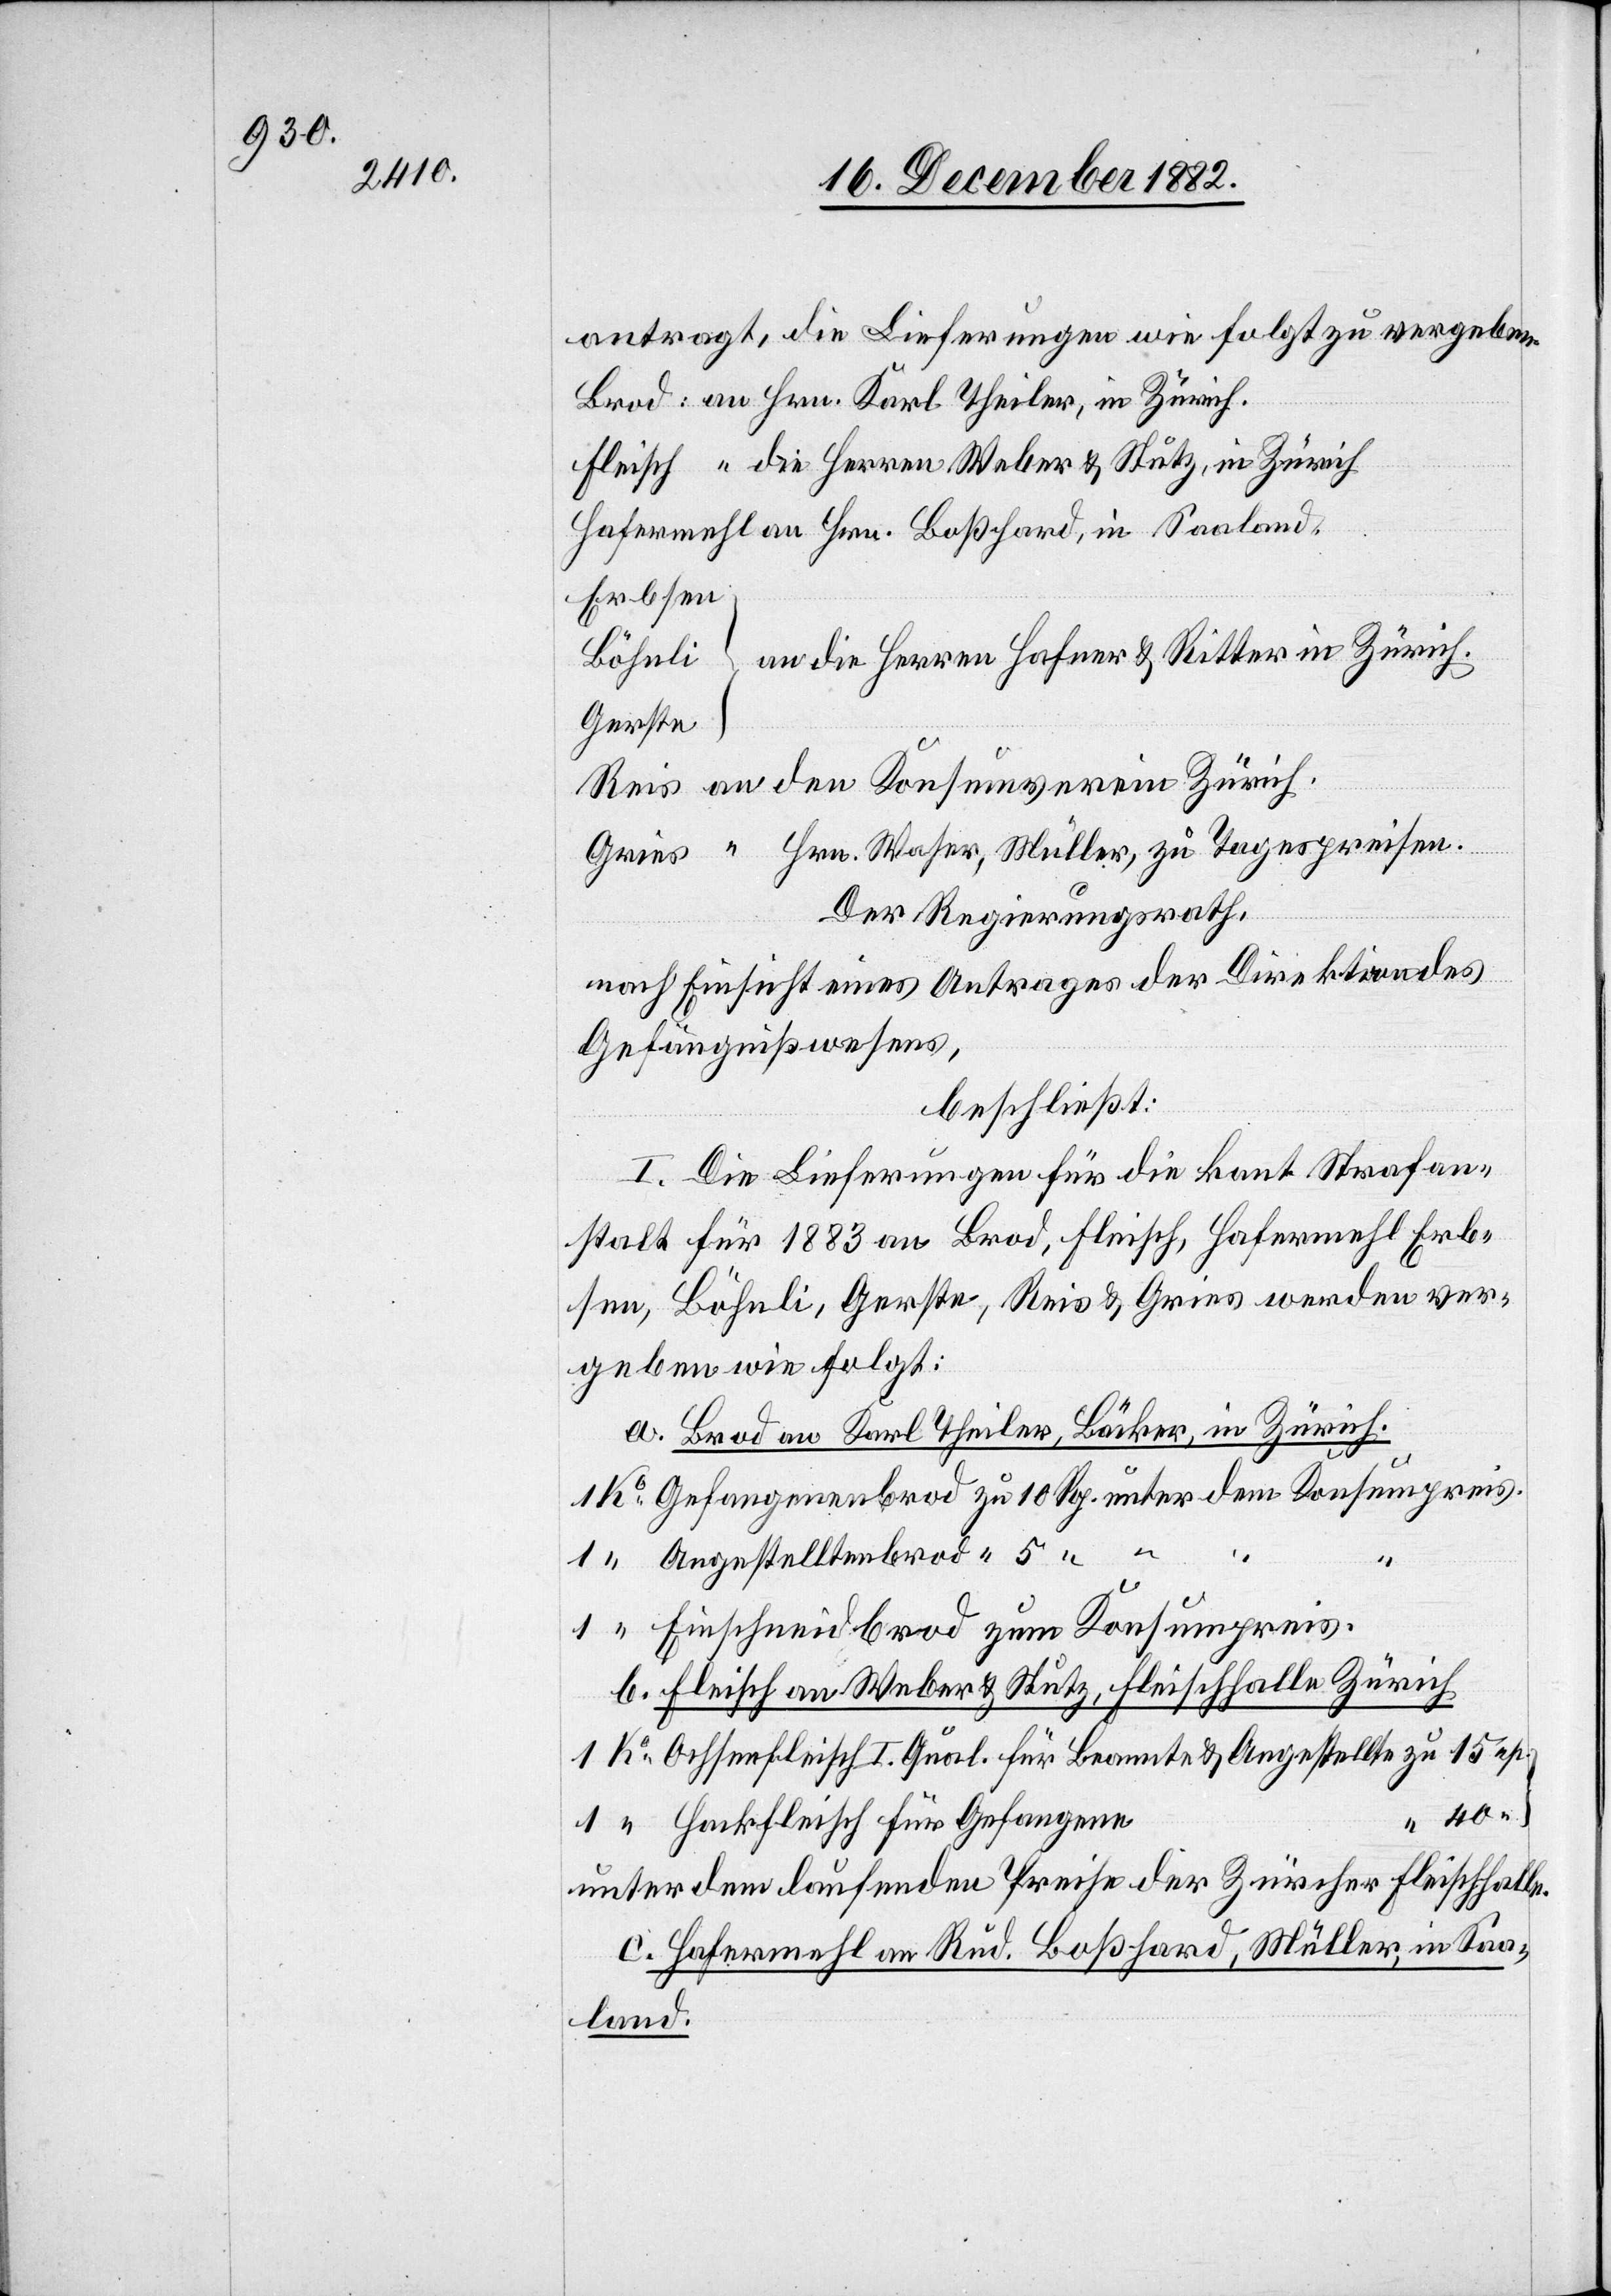
antragt, die Lieferungen wie folgt zu vergeben.
Erbsen
Gerste
“
Hrn. Waser, Müller, zu Tagespreisen.
Der Regierungsrath,
nach Einsicht eines Antrages der Direktion des
beschließt:
I. Die Lieferungen für die kant. Strafan¬
stalt für 1883 an Brod, Fleisch, Hafermehl[,] Erb¬
sen, Böhnli, Gerste, Reis & Gries werden ver¬
geben wie folgt:
a. Brod an Karl Theiler, Bäcker, in Zürich.
“
b. Fleisch an Weber & Stutz, Fleischhalle Zürich.
Ochsenfleisch I. Qual. für Beamte & Angestellte
Hackfleisch für Gefangene
unter dem laufenden Preise der Zürcher Fleischhalle.
c. Hafermehl an Rud. Boßhard, Müller, in Saa¬
land.